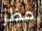
حظر